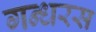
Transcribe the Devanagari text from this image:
गन्धरस